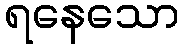
ရနေသော